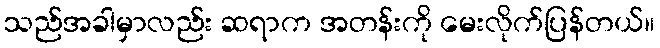
သည်အခါမှာလည်း ဆရာက အတန်းကို မေးလိုက်ပြန်တယ်။